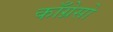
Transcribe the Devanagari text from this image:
काँग्रेसो